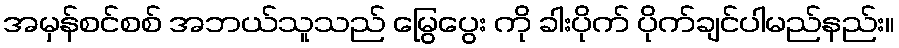
အမှန်စင်စစ် အဘယ်သူသည် မြွေပွေး ကို ခါးပိုက် ပိုက်ချင်ပါမည်နည်း။